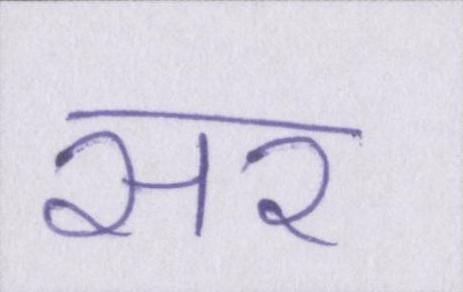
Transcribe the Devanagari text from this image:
सर